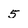
Character: 5